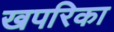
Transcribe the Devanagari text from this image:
खपरिका